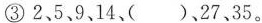
③2、5、9、14、( )、27、35。